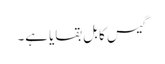
گیس کا بل بقایا ہے۔